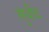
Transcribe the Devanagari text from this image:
सुधींद